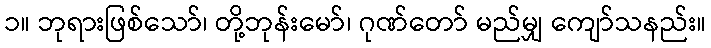
၁။ ဘုရားဖြစ်သော်၊ တို့ဘုန်းမော်၊ ဂုဏ်တော် မည်မျှ ကျော်သနည်း။